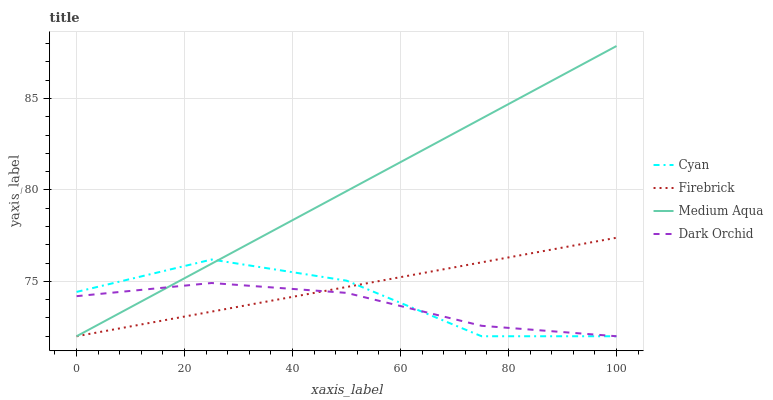
| xaxis_label | Cyan | Firebrick | Medium Aqua | Dark Orchid |
 | --- | --- | --- | --- | --- |
 | 0 | 74.4 | 72 | 72 | 74.2 |
 | 25 | 76.2 | 73.3 | 76 | 74.9 |
 | 50 | 75 | 74.7 | 79.9 | 74.4 |
 | 75 | 72 | 76 | 83.9 | 72.6 |
 | 100 | 72 | 77.4 | 87.9 | 72 |